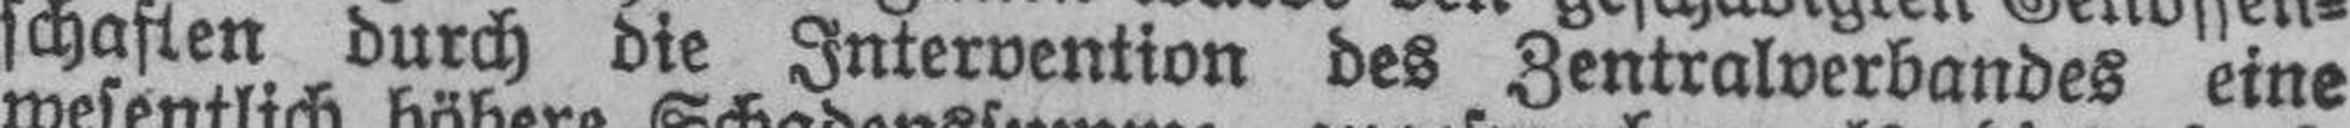
schaften durch die Intervention des Zentralverbandes eine